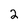
Character: 2